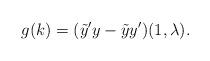
LaTeX: \begin{align*} g(k)=(\tilde{y}'y-\tilde{y}y')(1,\lambda).\end{align*}